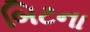
બિટના